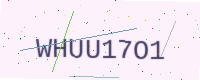
Text: WHUU17O1